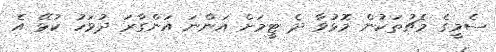
ސެމީގެ މެޗުތަކުން މޮޅުވާ ދެ ޓީމަށް އަންނަ އަންގާރަ ދުވަހު ކުޅޭ އެ